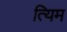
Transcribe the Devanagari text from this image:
त्यिम